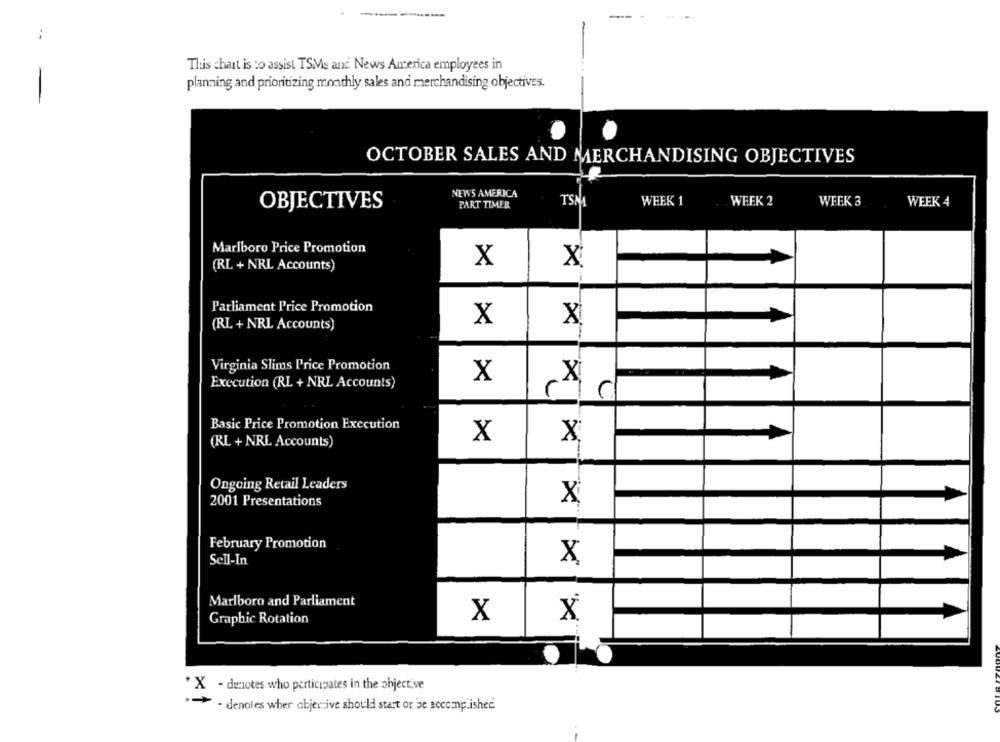
-- -
--
This chant is to assist TSMs and News Ancerica employees in
planning and prioritizing monthly sales and merchandising objectives.
OCTOBER SALES AND MERCHANDISING OBJECTIVES
NEW'S AMERICA
OBJECTIVES
PART TIMER
TSNA
WEEK 1
WEEK 2
WEEK 3
WEEK 4
Marlboro Price Promotion
(RL + NRL Accounts)
X
X
Parliament Price Promotion
(RL + NRL Accounts)
X
X
Virginia Slims Price Promotion
X
Execution (RL + NRL Accounts)
C
Basic Price Promotion Execution
X
X
(RL + NRL Accounts)
Ongoing Retail Leaders
2001 Presentations
X
February Promotion
Sell-In
X
Marlboro and Parliament
Graphic Rotation
X
x
* X - decotes who participates in the object.ve
"> - denotes wher objective should start or be accomplished